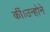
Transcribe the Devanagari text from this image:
कीं।उन्होने